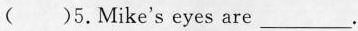
( )5.Mike's eyes are ___.